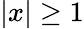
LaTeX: \vert x\vert\ge 1